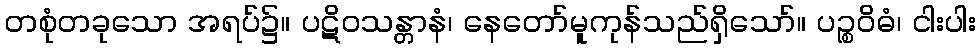
တစုံတခုသော အရပ်၌။ ပဋိဝသန္တာနံ၊ နေတော်မူကုန်သည်ရှိသော်။ ပဉ္စဝိဓံ၊ ငါးပါး